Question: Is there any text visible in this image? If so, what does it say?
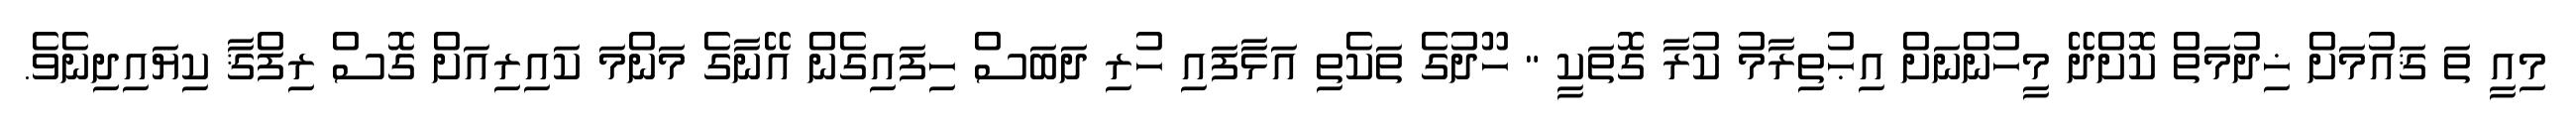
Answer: މިއީ ތަ ޤައުމަށް ޚިދުމަތް ކޮށްދޭ މީހުންނަށް އިޙުތިރާމު ކުރާ ގޮތަކީ " ހޫދުގެ ތަކެތި އަޅާފައި ހުރި ދަބަސް ހިފައިގެން އޭނާގެ މަންމަ ކައިރިއަށް ގޮސް ރިފްޤާ ކިޔައިދިނެވެ.